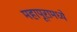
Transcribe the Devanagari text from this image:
महापूरामध्ये